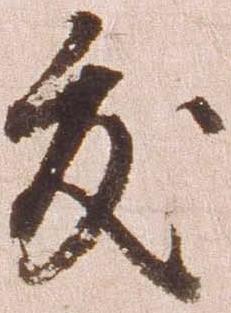
友